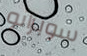
سوبرانو